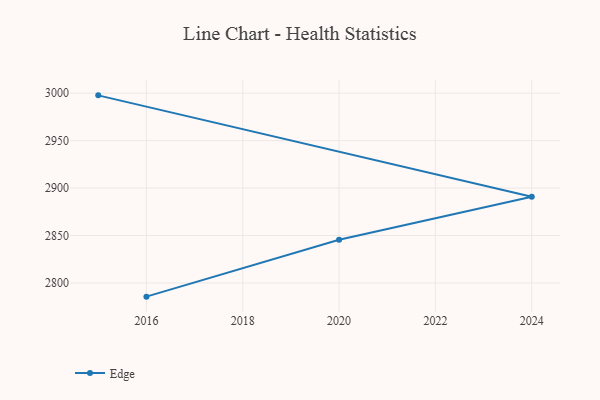
{"axis": {"x": "Year", "y": "Waste Production (Tons)"}, "legend": ["Edge"], "data": [{"x": "2015", "y": 2997.7, "type": "Edge"}, {"x": "2024", "y": 2890.8, "type": "Edge"}, {"x": "2020", "y": 2845.6, "type": "Edge"}, {"x": "2016", "y": 2785.6, "type": "Edge"}]}